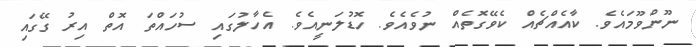
ނޫންވޫމައެވެ. ކާއެއްޗެއް ކެވޭގޮތެއް ނުވެއެވެ. ހޮޑުލަނީއެވެ. އެހާލުގައި ސުހައްތަ އޮތް އިރު ގޭގައި